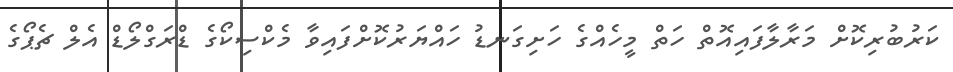
ކަރުބުރިކޮށް މަރާލާފައިއޮތް ހަތް މީހެއްގެ ހަށިގަނޑު ހައްޔަރުކޮށްފައިވާ މެކްސިކޯގެ ޑްރަގްލޯޑް އެލް ޗެޕޯގެ